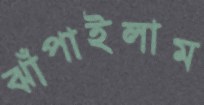
ঝাঁপাইলাম